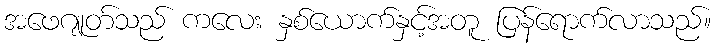
အဖေဂျုတ်သည် ကလေး နှစ်ယောက်နှင့်အတူ ပြန်ရောက်လာသည်။